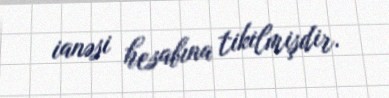
ianəsi hesabına tikilmişdir.